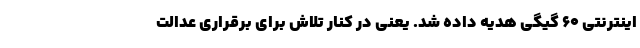
اینترنتی ۶۰ گیگی هدیه داده شد. یعنی در کنار تلاش برای برقراری عدالت